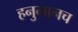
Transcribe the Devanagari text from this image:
हनुमानच